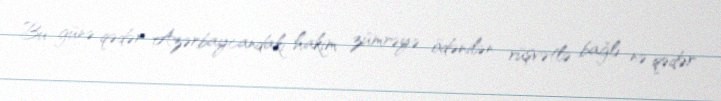
Bu günə qədər Azərbaycandakı hakim zümrəyə ödənilən rüşvətlə bağlı nə qədər